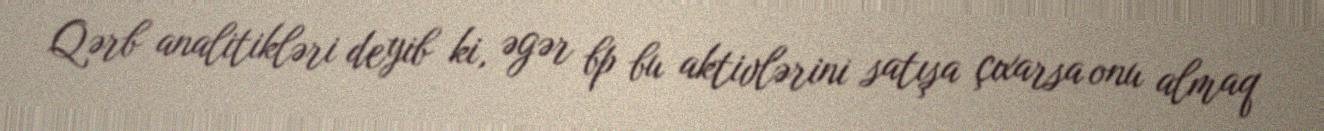
Qərb analitikləri deyib ki, əgər bp bu aktivlərini satışa çıxarsa onu almaq